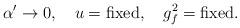
LaTeX: \begin{align*}\alpha^\prime \rightarrow 0, \quad u = {\rm fixed}, \quad g^2_f = {\rm fixed}.\end{align*}